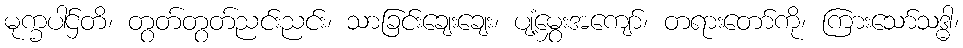
မုက္ခပါဌ်တိ၊ တွတ်တွတ်ညင်းညင်း၊ သာခြင်းချေးချေး၊ ပျံ့မွှေးအကျော်၊ တရားတော်ကို၊ ကြားသော်သဒ္ဓါ၊